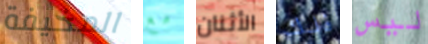
المخيفة مع الأثنان ذلك ليس